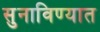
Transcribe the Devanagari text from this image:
सुनाविण्यात